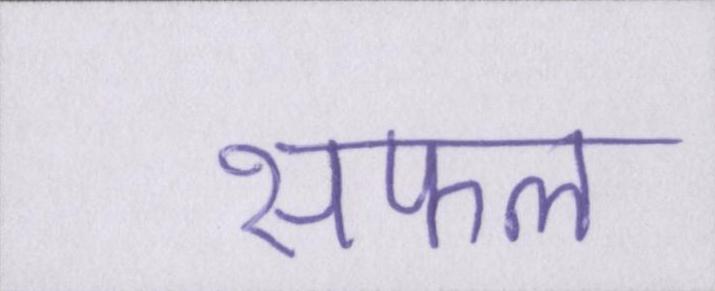
सफल